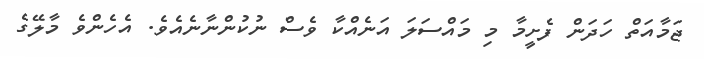
ޖަމާއަތް ހަދަން ފެށީމާ މި މައްސަލަ އަނެއްކާ ވެސް ނުކުންނާނެއެވެ. އެހެންވެ މާލޭގެ